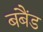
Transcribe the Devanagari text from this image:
बबैंड